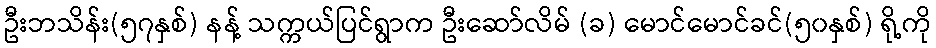
ဦးဘသိန်း(၅၇နှစ်) နန့် သက္ကယ်ပြင်ရွာက ဦးဆော်လိမ် (ခ) မောင်မောင်ခင်(၅၀နှစ်) ရို့ကို